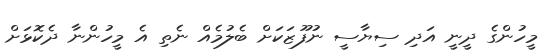
މީހުންގެ ދީނީ އަދި ސިޔާސީ ނުފޫޒަކަށް ބެލުމެއް ނެތި އެ މީހުންނާ ދެކޮޅަށް